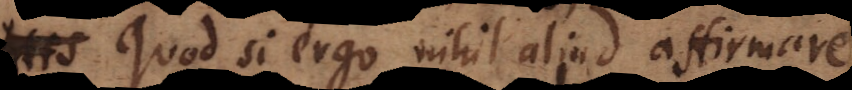
Quod si ergo nihil aliud affirmare